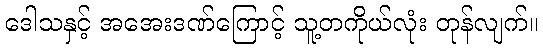
ဒေါသနှင့် အအေးဒဏ်ကြောင့် သူ့တကိုယ်လုံး တုန်လျက်။